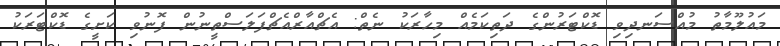
މައުލޫމާތު މުއްސަނދިވި ޑޮކްޓަރުންގެ ދަތިކަމެއް މިހާރަކު ނެތް: އެޗްއާރްއެޗްފަލަސްތީނުން ފޮނުވި ކަށީގެ ޑޮކްޓަރަކު